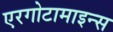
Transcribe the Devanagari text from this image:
एरगोटामाइन्स